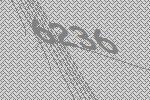
6236